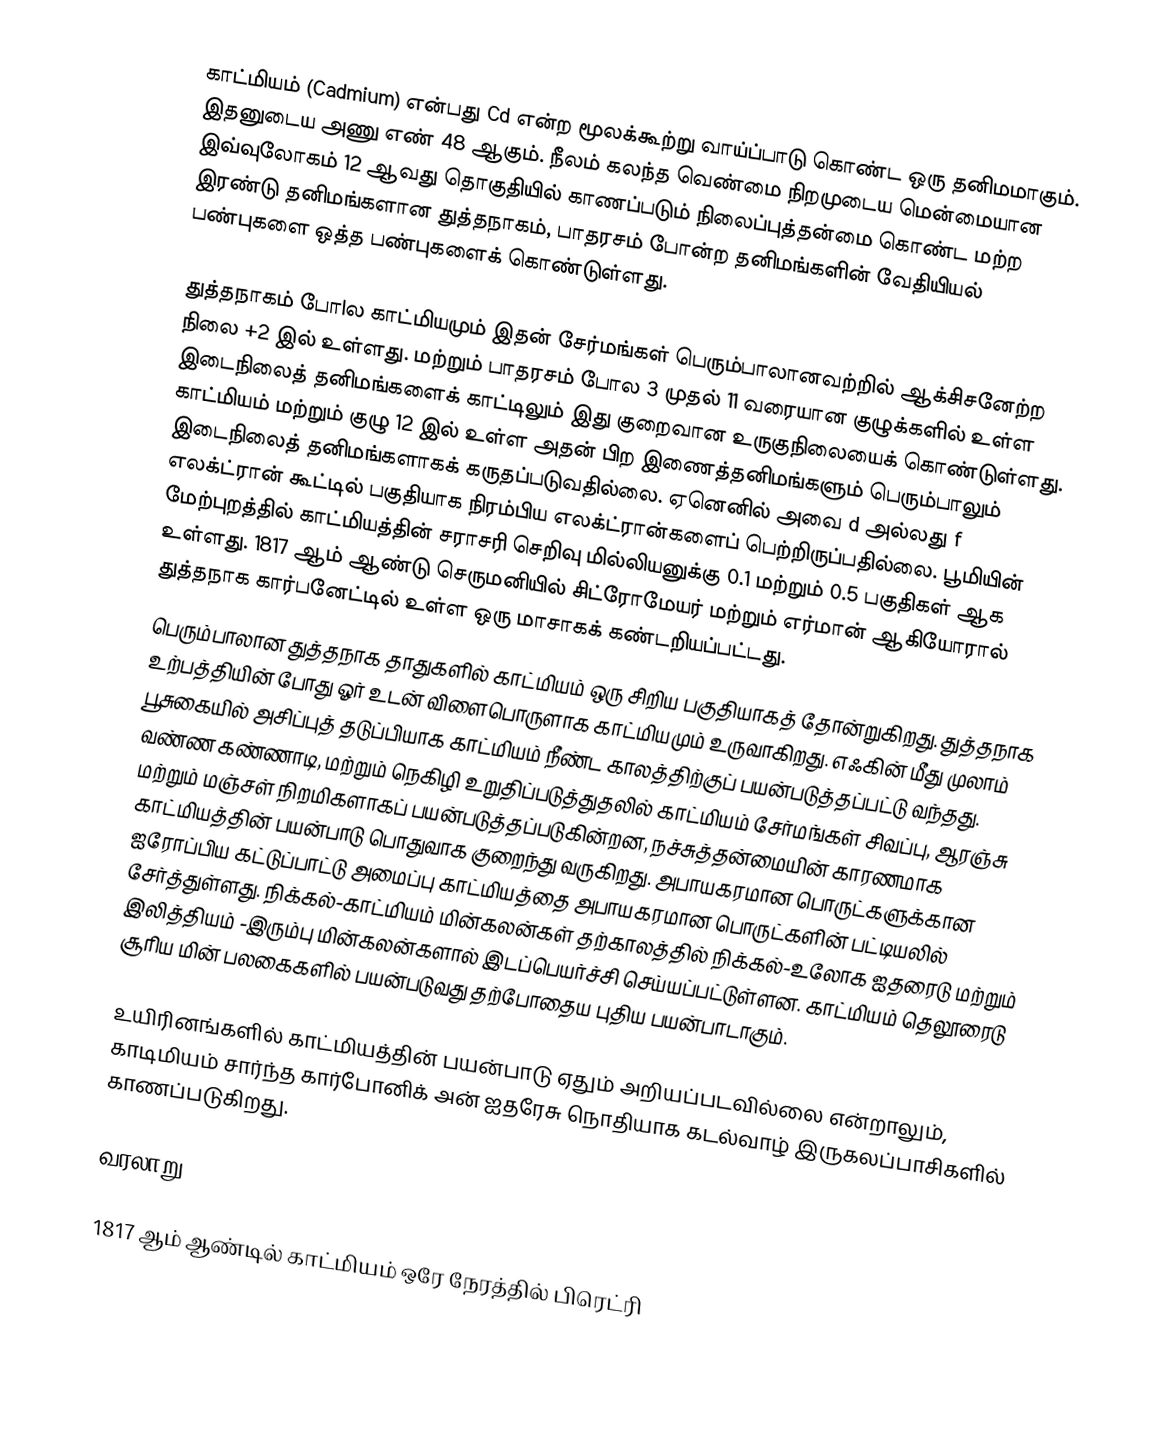
காட்மியம் (Cadmium) என்பது Cd என்ற மூலக்கூற்று வாய்ப்பாடு கொண்ட ஒரு தனிமமாகும். இதனுடைய அணு எண் 48 ஆகும். நீலம் கலந்த வெண்மை நிறமுடைய மென்மையான இவ்வுலோகம் 12 ஆவது தொகுதியில் காணப்படும் நிலைப்புத்தன்மை கொண்ட மற்ற இரண்டு தனிமங்களான துத்தநாகம், பாதரசம் போன்ற தனிமங்களின்  வேதியியல் பண்புகளை ஒத்த பண்புகளைக் கொண்டுள்ளது.

துத்தநாகம் போlல காட்மியமும் இதன் சேர்மங்கள்  பெரும்பாலானவற்றில் ஆக்சிசனேற்ற நிலை +2 இல் உள்ளது. மற்றும் பாதரசம் போல 3 முதல் 11 வரையான குழுக்களில் உள்ள இடைநிலைத் தனிமங்களைக் காட்டிலும் இது குறைவான உருகுநிலையைக் கொண்டுள்ளது. காட்மியம் மற்றும் குழு 12 இல் உள்ள அதன் பிற இணைத்தனிமங்களும் பெரும்பாலும் இடைநிலைத் தனிமங்களாகக் கருதப்படுவதில்லை. ஏனெனில் அவை d அல்லது f எலக்ட்ரான் கூட்டில் பகுதியாக நிரம்பிய எலக்ட்ரான்களைப் பெற்றிருப்பதில்லை. பூமியின் மேற்புறத்தில் காட்மியத்தின்  சராசரி செறிவு மில்லியனுக்கு 0.1 மற்றும் 0.5  பகுதிகள் ஆக உள்ளது. 1817 ஆம் ஆண்டு செருமனியில்  சிட்ரோமேயர் மற்றும் எர்மான் ஆகியோரால் துத்தநாக கார்பனேட்டில் உள்ள ஒரு மாசாகக் கண்டறியப்பட்டது.
பெரும்பாலான துத்தநாக தாதுகளில் காட்மியம் ஒரு சிறிய பகுதியாகத் தோன்றுகிறது. துத்தநாக உற்பத்தியின் போது ஓர் உடன் விளைபொருளாக காட்மியமும் உருவாகிறது. எஃகின் மீது முலாம் பூசுகையில் அசிப்புத் தடுப்பியாக காட்மியம் நீண்ட காலத்திற்குப் பயன்படுத்தப்பட்டு வந்தது. வண்ண கண்ணாடி, மற்றும் நெகிழி உறுதிப்படுத்துதலில் காட்மியம் சேர்மங்கள் சிவப்பு, ஆரஞ்சு மற்றும் மஞ்சள் நிறமிகளாகப் பயன்படுத்தப்படுகின்றன, நச்சுத்தன்மையின் காரணமாக காட்மியத்தின்  பயன்பாடு பொதுவாக குறைந்து வருகிறது. அபாயகரமான பொருட்களுக்கான ஐரோப்பிய கட்டுப்பாட்டு அமைப்பு காட்மியத்தை அபாயகரமான பொருட்களின் பட்டியலில் சேர்த்துள்ளது. நிக்கல்-காட்மியம் மின்கலன்கள்  தற்காலத்தில் நிக்கல்-உலோக ஐதரைடு மற்றும் இலித்தியம் -இரும்பு மின்கலன்களால் இடப்பெயர்ச்சி செய்யப்பட்டுள்ளன.  காட்மியம் தெலூரைடு  சூரிய மின் பலகைகளில் பயன்படுவது தற்போதைய புதிய பயன்பாடாகும்.

உயிரினங்களில் காட்மியத்தின் பயன்பாடு ஏதும் அறியப்படவில்லை என்றாலும், காடிமியம் சார்ந்த கார்போனிக் அன் ஐதரேசு நொதியாக  கடல்வாழ் இருகலப்பாசிகளில் காணப்படுகிறது.

வரலாறு

1817 ஆம் ஆண்டில் காட்மியம் ஒரே நேரத்தில் பிரெட்ரி